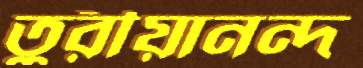
তুরীয়ানন্দ